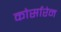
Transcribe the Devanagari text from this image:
कोर्सारेन